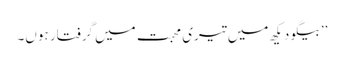
’’بیگو دیکھ میں تیری محبت میں گرفتار ہوں۔